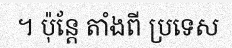
។ ប៉ុន្តែ តាំងពី ប្រទេស